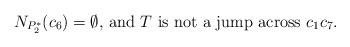
LaTeX: \begin{align*}\mbox{$N_{P_2^*}(c_6)=\emptyset$, and $T$ is not a jump across $c_1c_7$.}\end{align*}